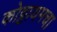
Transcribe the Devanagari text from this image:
कोट्टायमचा